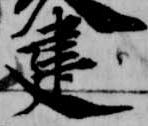
建